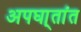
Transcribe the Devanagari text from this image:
अपघा्तांत